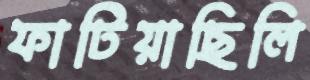
ফাটিয়াছিলি